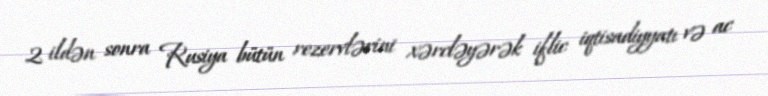
2 ildən sonra Rusiya bütün rezervlərini xərcləyərək iflic iqtisadiyyatı və ac